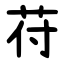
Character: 苻